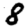
Digit: 8